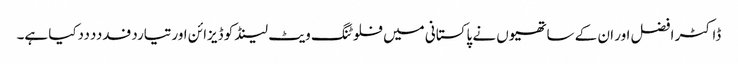
ڈاکٹر افضل اور ان کے ساتھیوں نے پاکستانی میں فلوٹنگ ویٹ لینڈ کو ڈیزائن اورتیاردفدددددکیا ہے۔